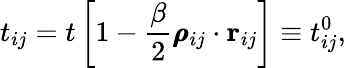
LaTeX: t_{ij}=t\left[1-\frac{\beta}{2}\pmb{\rho}_{ij}\cdot\mathbf{r}_{ij}\right]\equiv t_{ij}^{0},